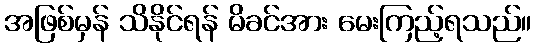
အဖြစ်မှန် သိနိုင်ရန် မိခင်အား မေးကြည့်ရသည်။